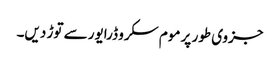
جزوی طور پر موم سکرو ڈرایور سے توڑ دیں۔